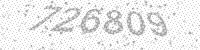
Solution: 726809